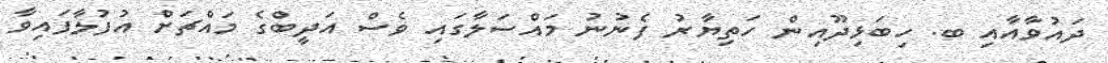
ދައުވާއާއި ބ. ހިބަޅިދޫއިން ހަތިޔާރު ފެނުނު މައްސަލާގައި ވެސް އަދީބްގެ މައްޗަށް އުފުލާފައިވާ